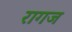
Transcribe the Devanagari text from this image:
रागज